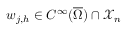
w _ { j , h } \in C ^ { \infty } ( \overline { { \Omega } } ) \cap \mathcal X _ { n }